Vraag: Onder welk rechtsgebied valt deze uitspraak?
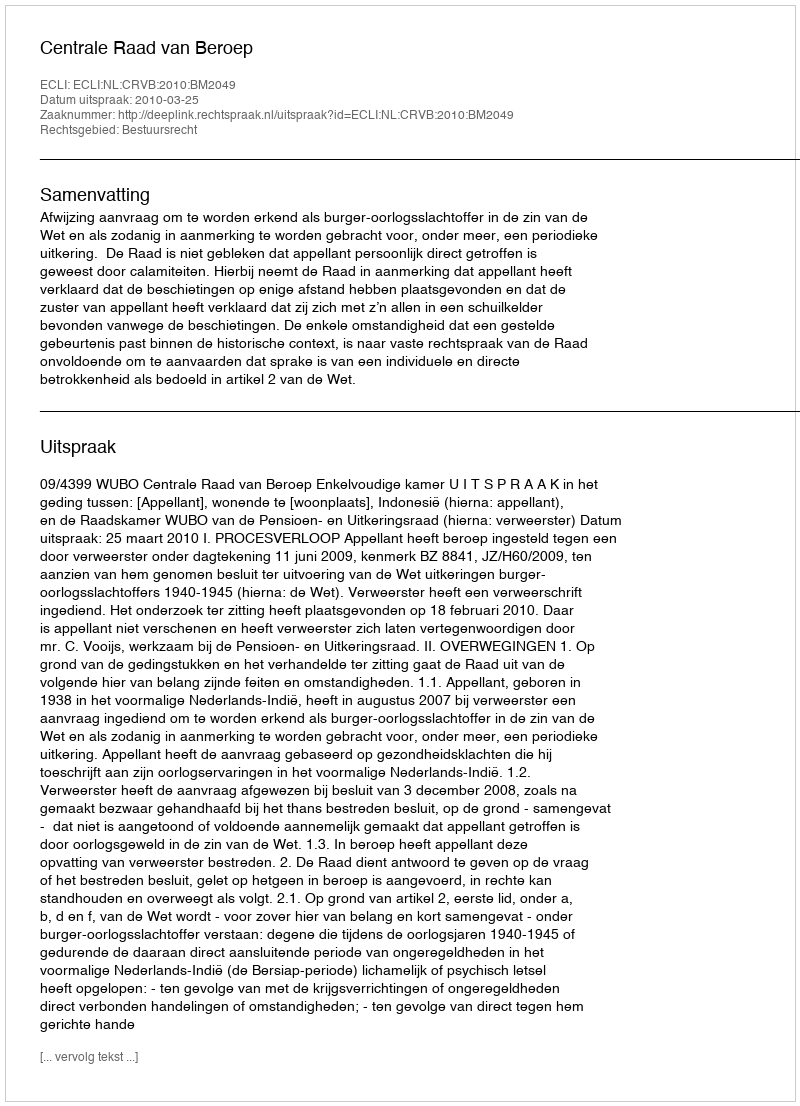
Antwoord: Bestuursrecht